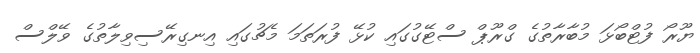
ޔޫރޯ ފުޓްބޯޅަ މުބާރާތުގެ ގްރޫޕް ސްޓޭގުގައި ކުޅޭ ފުރަތަމަ މެޗުގައި އިނގިރޭސިވިލާތުގެ ވޭލްސް